Vital statistics of India. Vol. VI, European troops 1870-79
Year: 1870
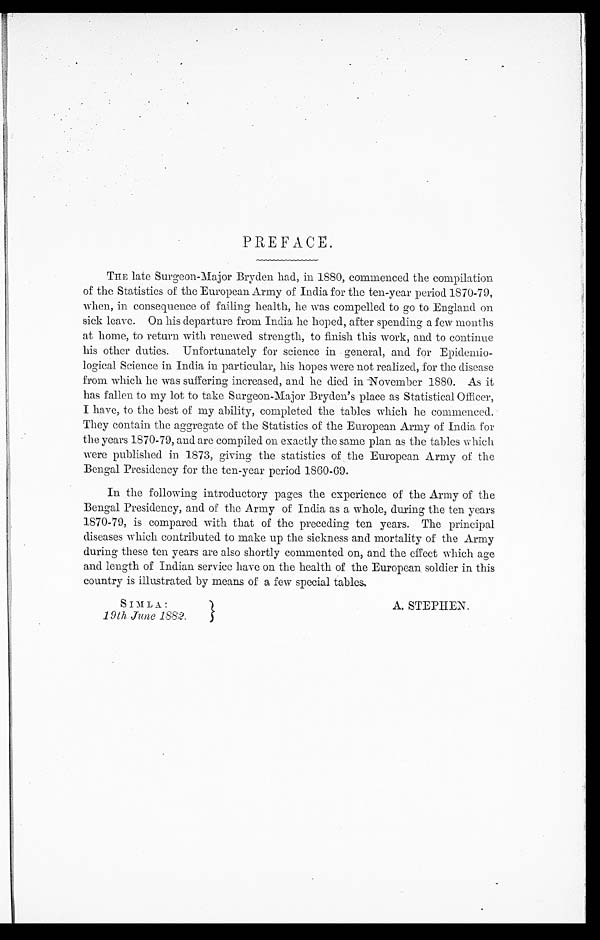
PREFACE.
THE late Surgeon-Major Bryden had, in 1880, commenced the compilation
of the Statistics of the European Army of India for the ten-year period 1870-79,
when, in consequence of failing health, he was compelled to go to England on
sick leave. On his departure from India he hoped, after spending a few months
at home, to return with renewed strength, to finish this work, and to continue
his other duties. Unfortunately for science in general, and for Epidemio-
logical Science in India in particular, his hopes were not realized, for the disease
from which he was suffering increased, and he died in November 1880. As it
has fallen to my lot to take Surgeon-Major Bryden's place as Statistical Officer,
I have, to the best of my ability, completed the tables which he commenced.
They contain the aggregate of the Statistics of the European Army of India for
the years 1870-79, and are compiled on exactly the same plan as the tables which
were published in 1873, giving the statistics of the European Army of the
Bengal Presidency for the ten-year period 1860-69.
In the following introductory pages the experience of the Army of the
Bengal Presidency, and of the Army of India as a whole, during the ten years
1870-79, is compared with that of the preceding ten years. The principal
diseases which contributed to make up the sickness and mortality of the Army
during these ten years are also shortly commented on, and the effect which age
and length of Indian service have on the health of the European soldier in this
country is illustrated by means of a few special tables.
SIMLA:
A. STEPHEN.
19th June 1882.